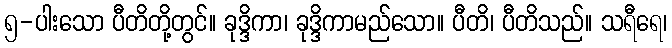
၅-ပါးသော ပီတိတို့တွင်။ ခုဒ္ဒိကာ၊ ခုဒ္ဒိကာမည်သော။ ပီတိ၊ ပီတိသည်။ သရီရေ၊